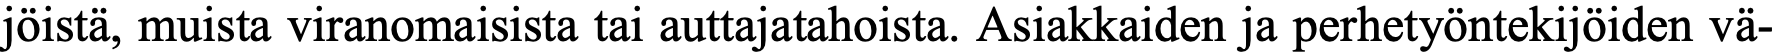
jöistä, muista viranomaisista tai auttajatahoista. Asiakkaiden ja perhetyöntekijöiden vä-